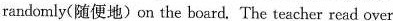
randomly(随便地)pn the board. The tescher resd over